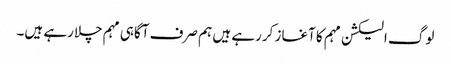
لوگ الیکشن مہم کا آغاز کررہے ہیں ہم صرف آگاہی مہم چلارہے ہیں۔